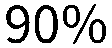
90%